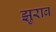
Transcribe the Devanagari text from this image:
झुराब